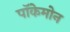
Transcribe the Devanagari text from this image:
पॉकेमोन